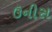
ઉનીસ